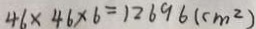
4 6 \times 4 6 \times 6 = 1 2 6 9 6 ( c m ^ { 2 } )